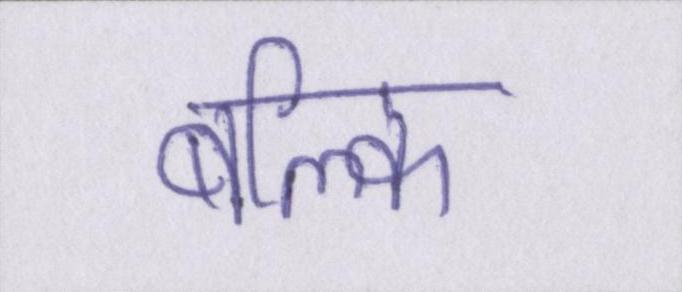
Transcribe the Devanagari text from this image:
बल्कि